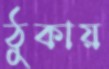
ঠুকায়